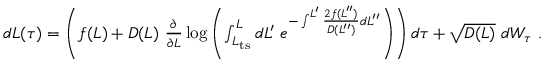
\begin{array} { r } { d L ( \tau ) = \left( f ( L ) + D ( L ) \ \frac { \partial } { \partial L } \log \left( \int _ { L _ { \mathrm { t s } } } ^ { L } d L ^ { \prime } \; e ^ { - \int ^ { L ^ { \prime } } \frac { 2 f ( L ^ { \prime \prime } ) } { D ( L ^ { \prime \prime } ) } d L ^ { \prime \prime } } \right) \right) d \tau + \sqrt { D ( L ) } \ d W _ { \tau } \ . } \end{array}